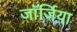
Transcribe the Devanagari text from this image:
जाॅर्जिया